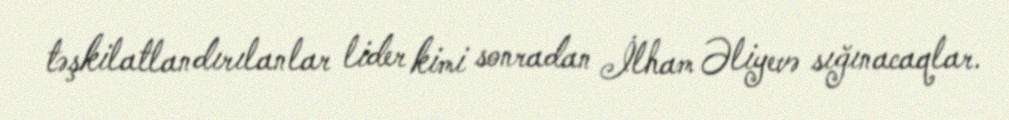
təşkilatlandırılanlar lider kimi sonradan İlham Əliyevə sığınacaqlar.